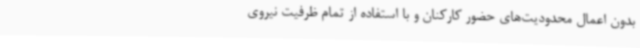
بدون اعمال محدودیت‌های حضور کارکنان و با استفاده از تمام ظرفیت‌ نیروی